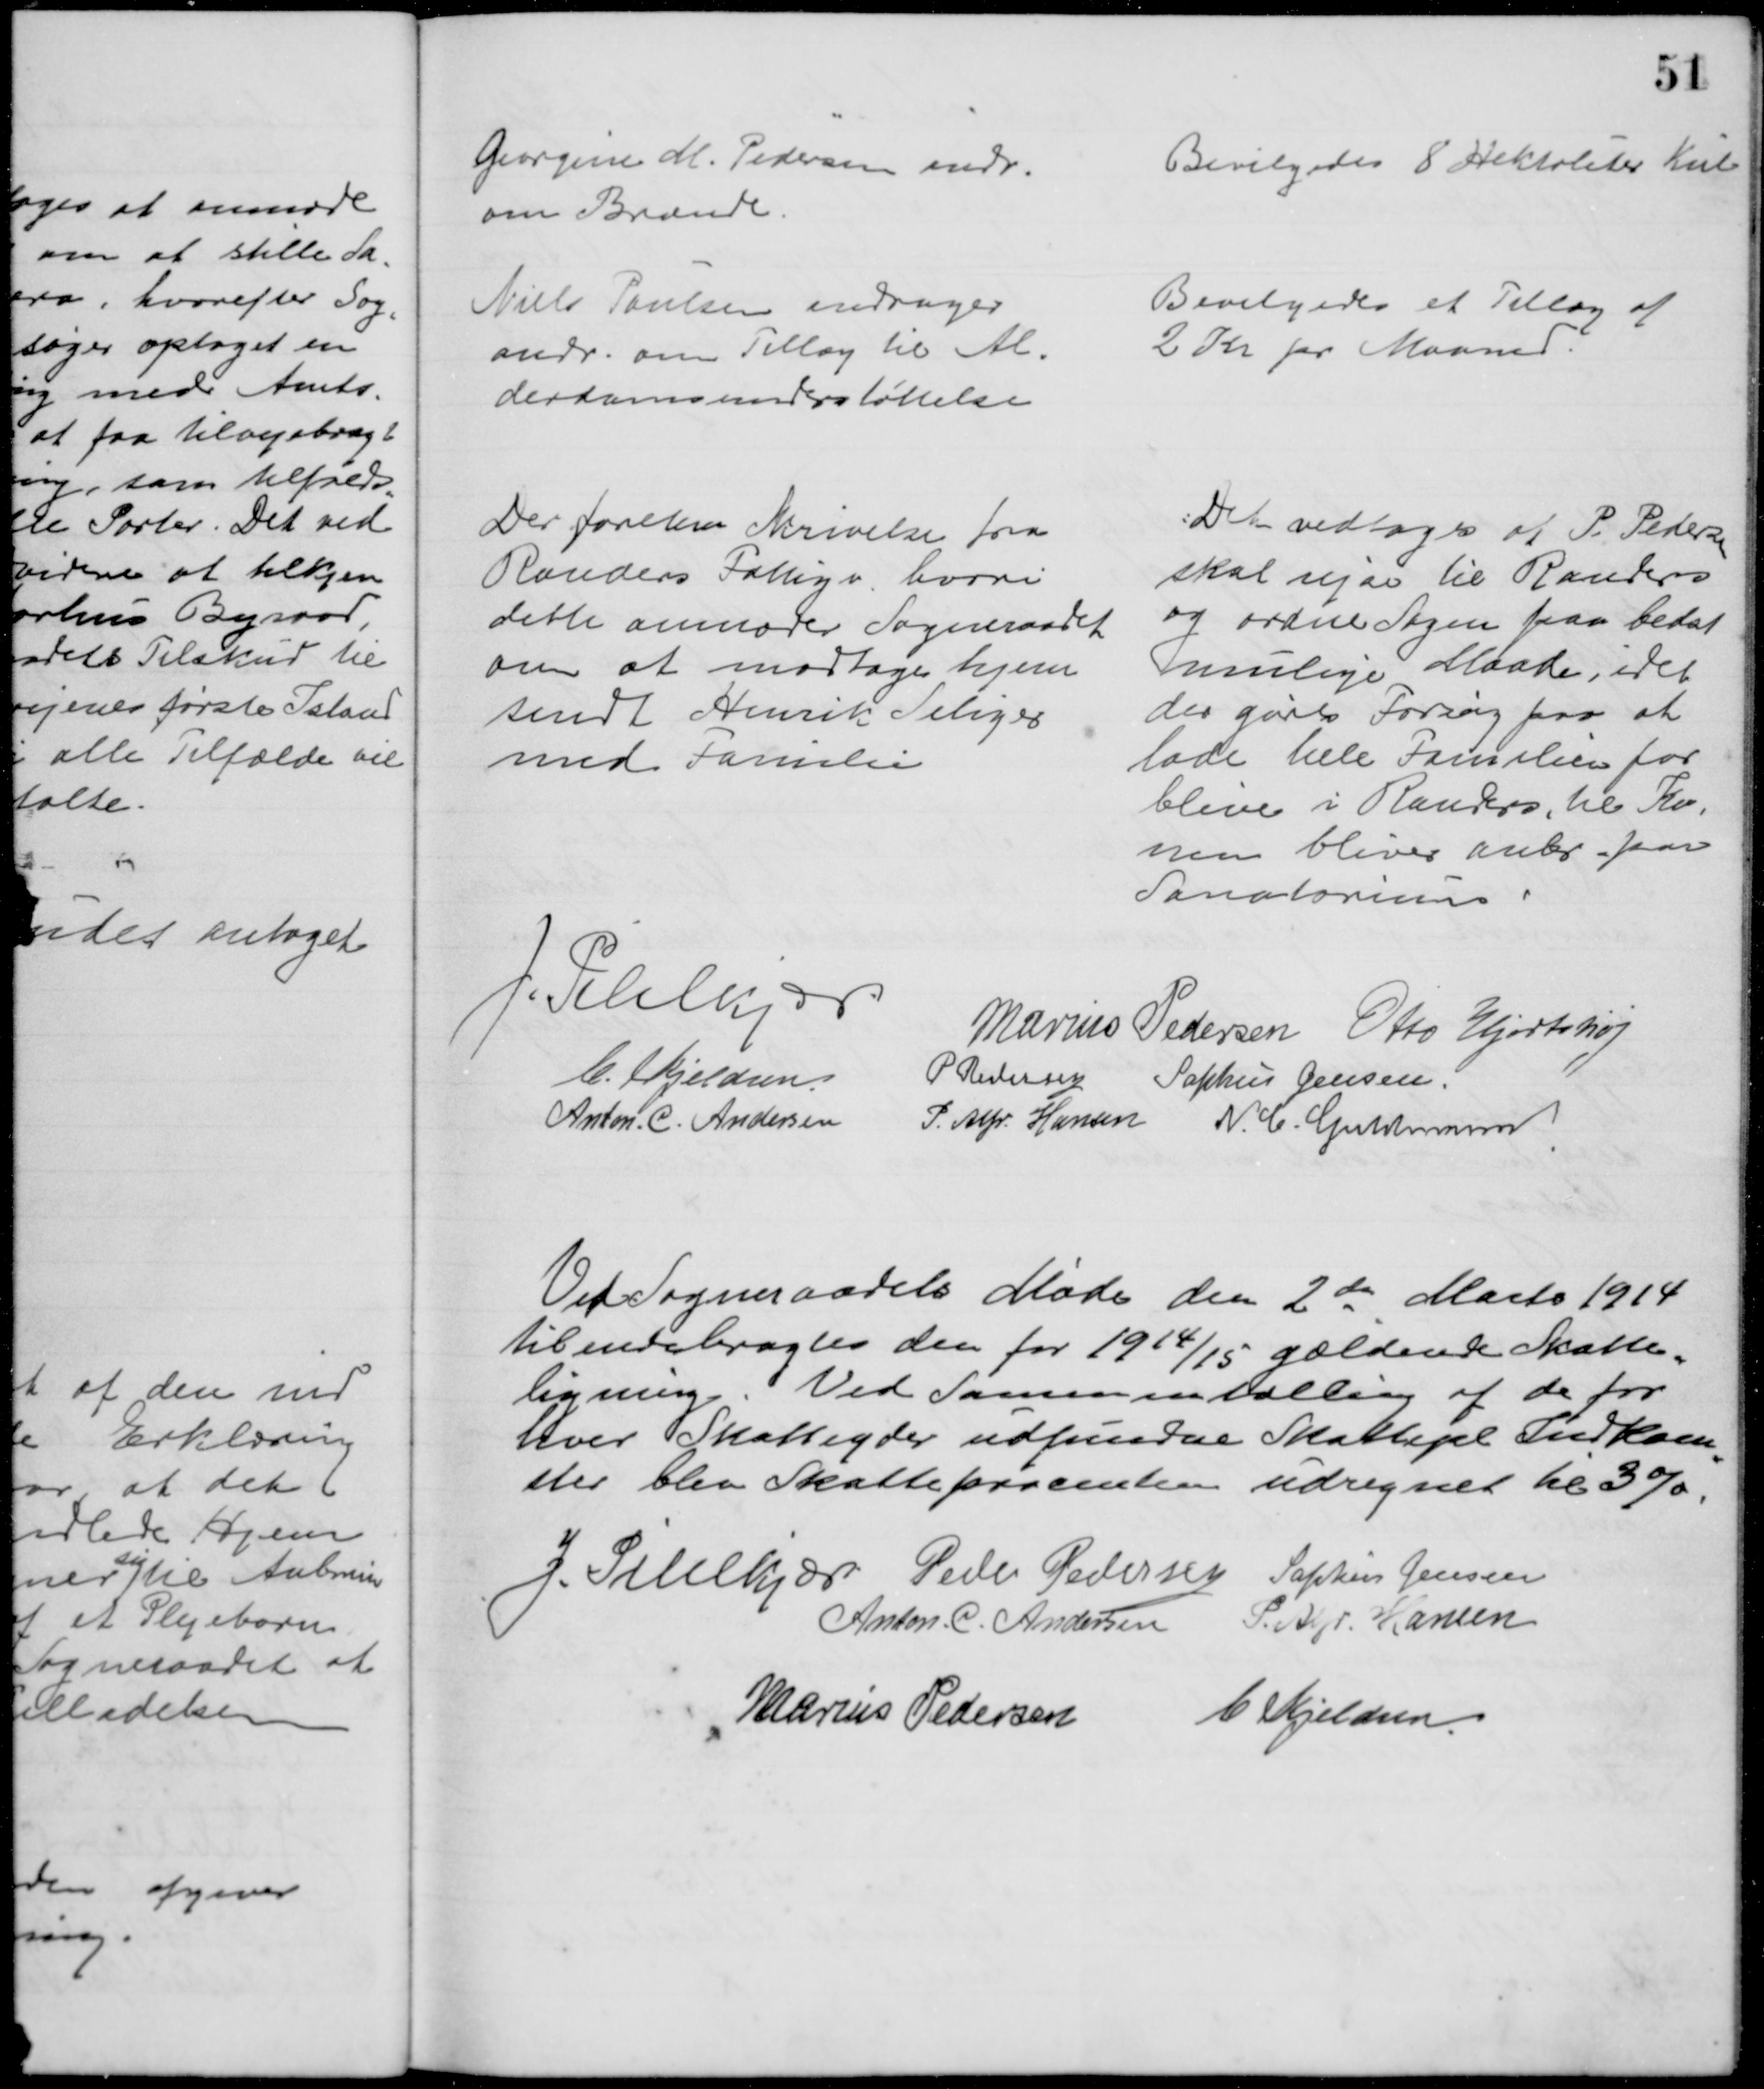
Transskription:
Georgine M. Pedersen andr.
om Brænde.
Bevilgedes 8 Hektoliter Kul
Niels Poulsen andrager
andr. om Tillæg til Al=
derdomsunderstøttelse
Bevilgedes et Tillæg af
2 Kr pr Maaned.
Der forelaa Skrivelse fra 
Randers Fattigv, hvori
dette anmoder Sogneraadet
om at modtage hjem
sendt Henrik Seliger
med Familie
Det vedtoges at P. Pedersen
skal rejse til Randers
og ordne Sagen paa bedst
mulige Maade, idet
der gøres Forsøg paa at
lade hele Familien for
blive i Randers, til Ko-
nen bliver anbr. paa
Sanatorium
J. Pihlkjær.
Marius Pedersen Otto Hjortshøj
C. Kjeldsen
P. Pedersen
Sophus Jensen.
Anton. C. Andersen
P. Alfr. Hansen N. C. Guldmann
Ved Sogneraadets Møde den 2de Marts 1914
tilendebragtes den for 1914/15 gældende Skatte
=
ligning. Ved Sammentælling af de for
hver Skatteyder udfundne Skattepl Indkom
=
ster blev Skatteprocenten udregnet til 3 %.
J. Pihlkjær Peder Pedersen Sophus Jensen
Anton. C. Andersen P. Alfr. Hansen
Marius Pedersen C. Kjeldsen.